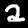
Label: 2